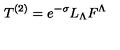
T ^ { ( 2 ) } = e ^ { - \sigma } L _ { \Lambda } F ^ { \Lambda }